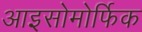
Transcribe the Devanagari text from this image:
आइसोमोर्फिक